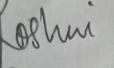
Signature authenticity: genuine